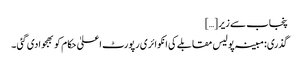
پنجاب سے زیر […]
گذری:مبینہ پولیس مقابلے کی انکوائری رپورٹ اعلیٰ حکام کو بھجوادی گئی ۔